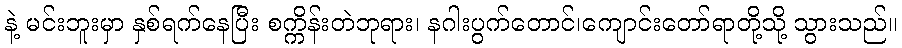
နဲ့ မင်းဘူးမှာ နှစ်ရက်နေပြီး စက္ကိန်းတဲဘုရား၊ နဂါးပွက်တောင်၊ကျောင်းတော်ရာတို့သို့ သွားသည်။